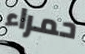
حمراء